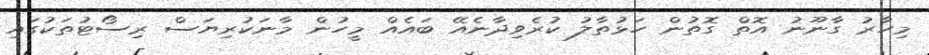
މިހާރު ގާނޫނު އޮތް ގޮތުން ހަޅުތާލު ކުރެވިދާނެއޭ ބައެއް މީހުން މާނަކުރިޔަސް ރިސޯޓުތަކުގައި